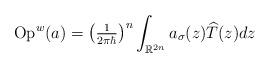
LaTeX: \begin{align*}\operatorname*{Op}\nolimits^{w}(a)=\left( \tfrac{1}{2\pi\hbar}\right)^{n}\int_{\mathbb{R}^{2n}}a_{\sigma}(z)\widehat{T}(z)dz \end{align*}